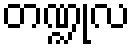
တဏ္ဍုလ